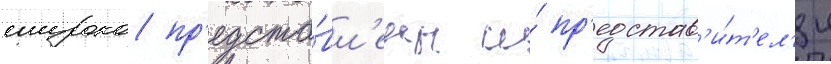
широко пр'едста́вл'ены и́ пр'едстав'и́т'ел'и